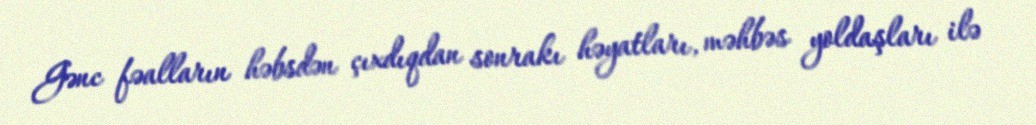
Gənc fəalların həbsdən çıxdıqdan sonrakı həyatları, məhbəs yoldaşları ilə